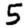
Digit: 5